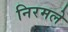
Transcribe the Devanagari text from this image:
निरमले